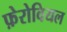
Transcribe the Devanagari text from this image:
फ़ेरोवियल